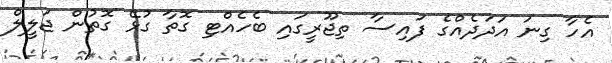
އެހާ ގިނަ އަދަދެއްގެ ފައިސާ ތިޖޫރީގައި ބެހެއްޓި ގޮތާ ގުޅޭ ގޮތުން ޖަލީލް